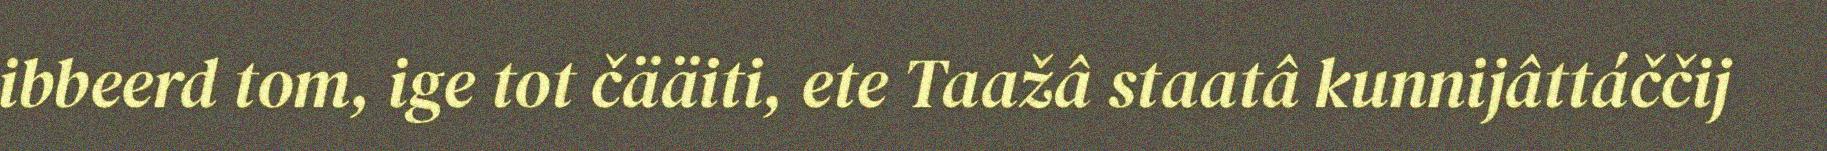
ibbeerd tom, ige tot čääiti, ete Taažâ staatâ kunnijâttáččij